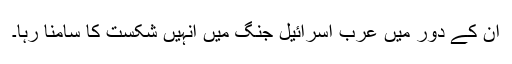
اُن کے دور میں عرب اسرائیل جنگ میں انہیں شکست کا سامنا رہا۔